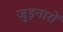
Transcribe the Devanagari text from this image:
जुड़नारों